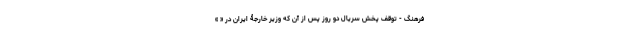
فرهنگ - توقف پخش سریال دو روز پس از آن که وزیر خارجۀ ایران در « »